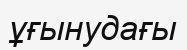
ұғынудағы